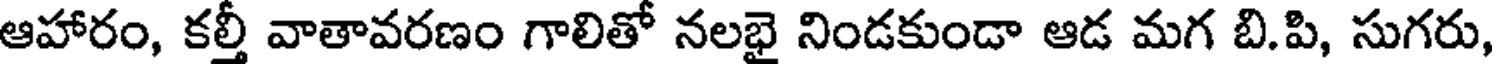
ఆహారం, కల్తీ వాతావరణం గాలితో నలభై నిండకుండా ఆడ మగ బి.పి, సుగరు,